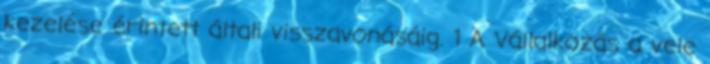
kezelése érintett általi visszavonásáig. 1 A Vállalkozás a vele